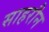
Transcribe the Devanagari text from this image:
साहरौन